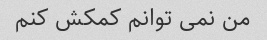
من نمی توانم کمکش کنم